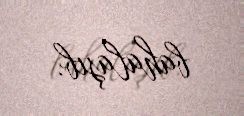
bahalaşıb.